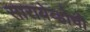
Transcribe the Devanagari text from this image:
सारायेव्होची